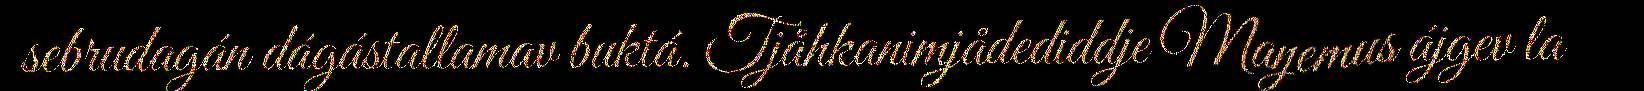
sebrudagán dágástallamav buktá. Tjåhkanimjådediddje Maŋemus ájgev la